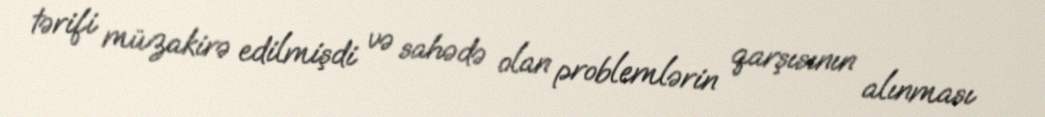
tərifi müzakirə edilmişdi və sahədə olan problemlərin qarşısının alınması